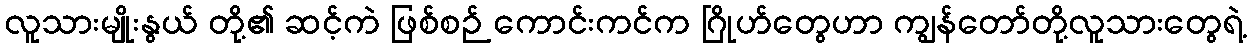
လူသားမျိုးနွယ် တို့၏ ဆင့်ကဲ ဖြစ်စဉ် ကောင်းကင်က ဂြိုဟ်တွေဟာ ကျွန်တော်တို့လူသားတွေရဲ့